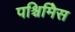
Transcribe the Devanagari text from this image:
पश्चिमिेस